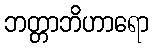
ဘတ္တာဘိဟာရော